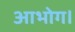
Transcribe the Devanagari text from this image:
आभोग।